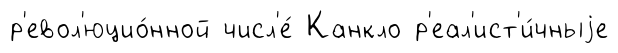
р'евол'юцио́нной числ'е́ Канкло р'еал'ист'и́чныjе